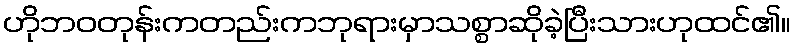
ဟိုဘဝတုန်းကတည်းကဘုရားမှာသစ္စာဆိုခဲ့ပြီးသားဟုထင်၏။